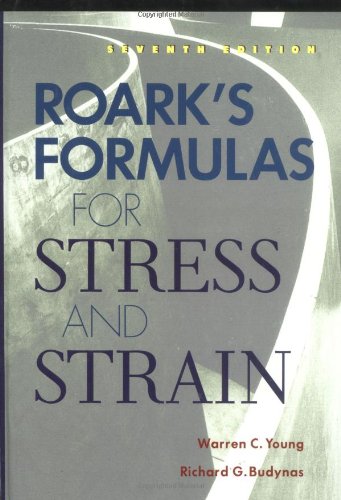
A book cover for Roark's Formulas for Stress and Strain; Warren Young; Science & Math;